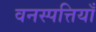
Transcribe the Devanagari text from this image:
वनस्पत्तियाँ